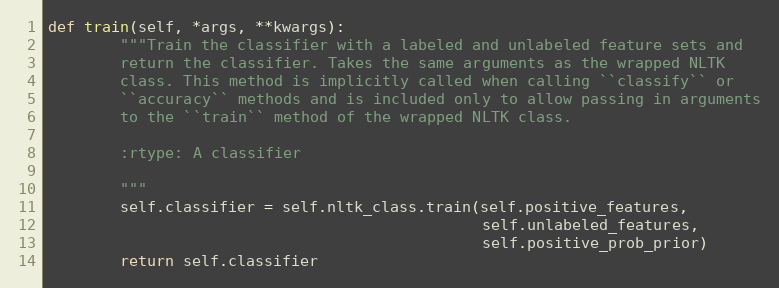
Language: Python
def train(self, *args, **kwargs):
        """Train the classifier with a labeled and unlabeled feature sets and
        return the classifier. Takes the same arguments as the wrapped NLTK
        class. This method is implicitly called when calling ``classify`` or
        ``accuracy`` methods and is included only to allow passing in arguments
        to the ``train`` method of the wrapped NLTK class.

        :rtype: A classifier

        """
        self.classifier = self.nltk_class.train(self.positive_features,
                                                self.unlabeled_features,
                                                self.positive_prob_prior)
        return self.classifier